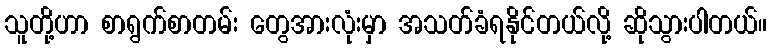
သူတို့ဟာ စာရွက်စာတမ်း တွေအားလုံးမှာ အသတ်ခံရနိုင်တယ်လို့ ဆိုသွားပါတယ်။